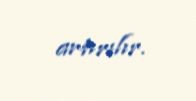
artırılır.